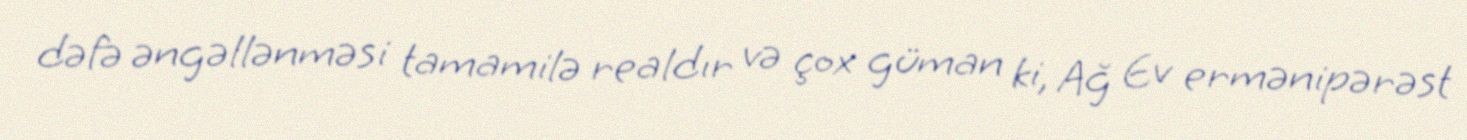
dəfə əngəllənməsi tamamilə realdır və çox güman ki, Ağ Ev ermənipərəst